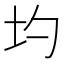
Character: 圴